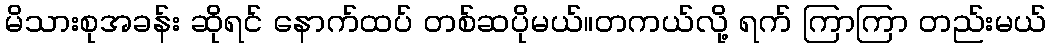
မိသားစုအခန်း ဆိုရင် နောက်ထပ် တစ်ဆပိုမယ်။တကယ်လို့ ရက် ကြာကြာ တည်းမယ်